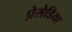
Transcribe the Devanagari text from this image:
प्रेसेडिया